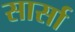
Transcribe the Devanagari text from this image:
सार्सा